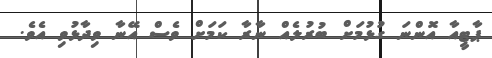
ޕާޓީއާ އޮންނަ ގުޅުމަށް ބުރުލެއް ނާރާ ކަމަށް ވެސް އޭނާ ވިދާޅުވި އެވެ.